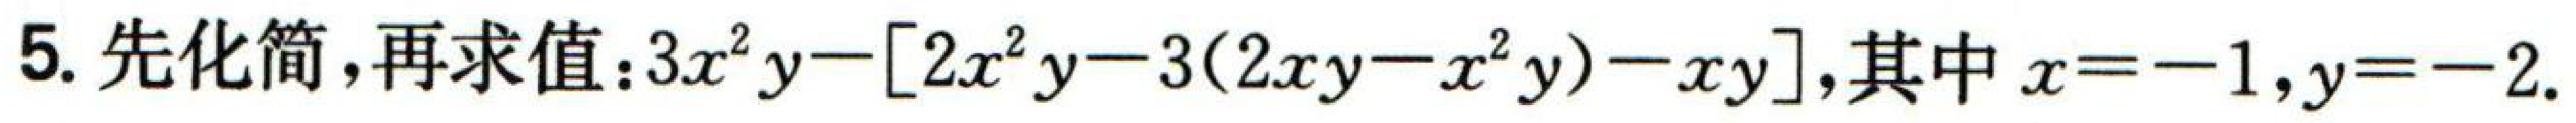
5. 先化简，再求值：$3x^{2}y - [2x^{2}y - 3(2xy - x^{2}y) - xy]$，其中$x = -1$，$y = -2$.